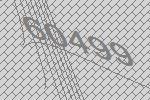
60499